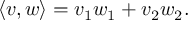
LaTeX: \langle v , w \rangle = v _ { 1 } w _ { 1 } + v _ { 2 } w _ { 2 } .